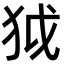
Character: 狘